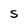
Character: S